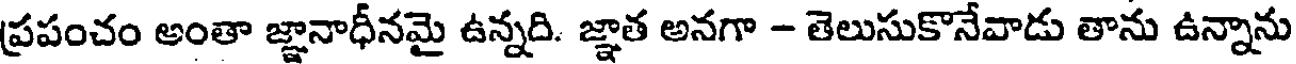
ప్రపంచం అంతా జ్ఞానాధీనమై ఉన్నది. జ్ఞాత అనగా - తెలుసుకొనేవాడు తాను ఉన్నాను